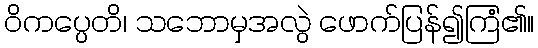
ဝိကပ္ပေတိ၊ သဘောမှအလွဲ ဖောက်ပြန်၍ကြံ၏။